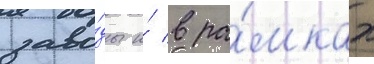
заво́ды и́ в ра́мках